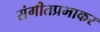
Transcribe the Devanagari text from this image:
संगीतप्रभाकर